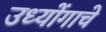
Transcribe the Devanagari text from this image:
उध्योंगाचे